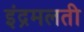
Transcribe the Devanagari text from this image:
इंद्रमलती